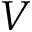
V